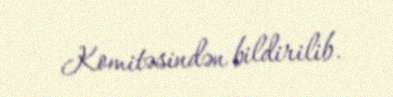
Komitəsindən bildirilib.